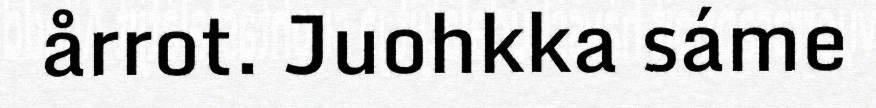
årrot. Juohkka sáme